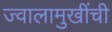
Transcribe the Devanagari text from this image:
ज्वालामुखींची